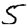
Digit: 5